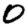
Digit: 0